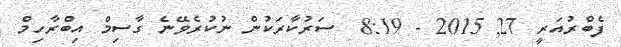
ފެބްރުއަރީ 27